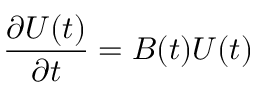
{ \frac { \partial U ( t ) } { \partial t } } = B ( t ) U ( t )